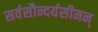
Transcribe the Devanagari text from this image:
सर्वसौन्दर्यसीमन्